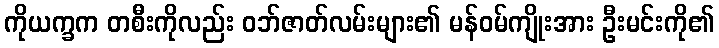
ကိုယက္ခက တစီးကိုလည်း ဝဘ်ဇာတ်လမ်းများ၏ မန်ဝမ်ကျိုးအား ဦးမင်းကို၏